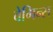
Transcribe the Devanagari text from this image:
वेगिन्स